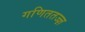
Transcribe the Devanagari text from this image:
गणिततज्ज्ञ